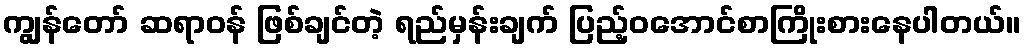
ကျွန်တော် ဆရာဝန် ဖြစ်ချင်တဲ့ ရည်မှန်းချက် ပြည့်ဝအောင်စာကြိုးစားနေပါတယ်။